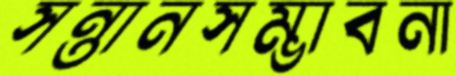
সন্তানসম্ভাবনা